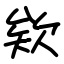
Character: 欸